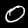
Label: 0